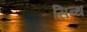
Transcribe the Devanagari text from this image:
सिन्थ